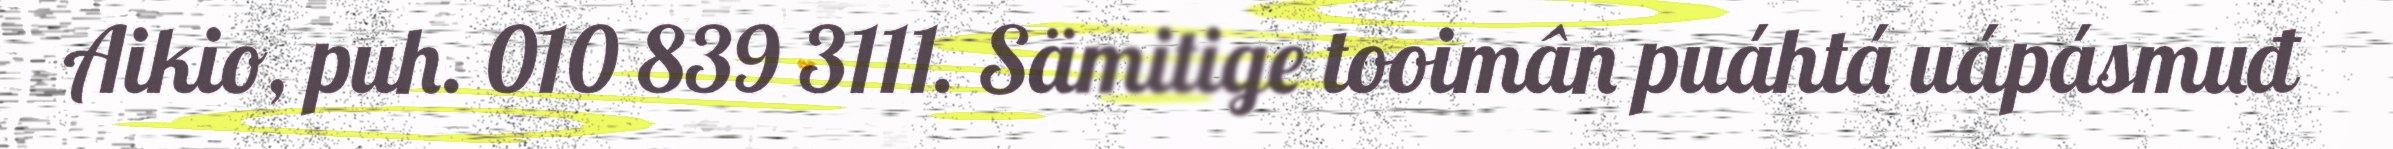
Aikio, puh. 010 839 3111. Sämitige tooimân puáhtá uápásmuđ